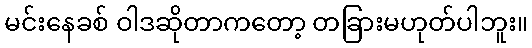
မင်းနေခစ် ဝါဒဆိုတာကတော့ တခြားမဟုတ်ပါဘူး။